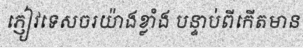
ភ្ញៀវទេសចរយ៉ាងខ្លាំង បន្ទាប់ពីកើតមាន